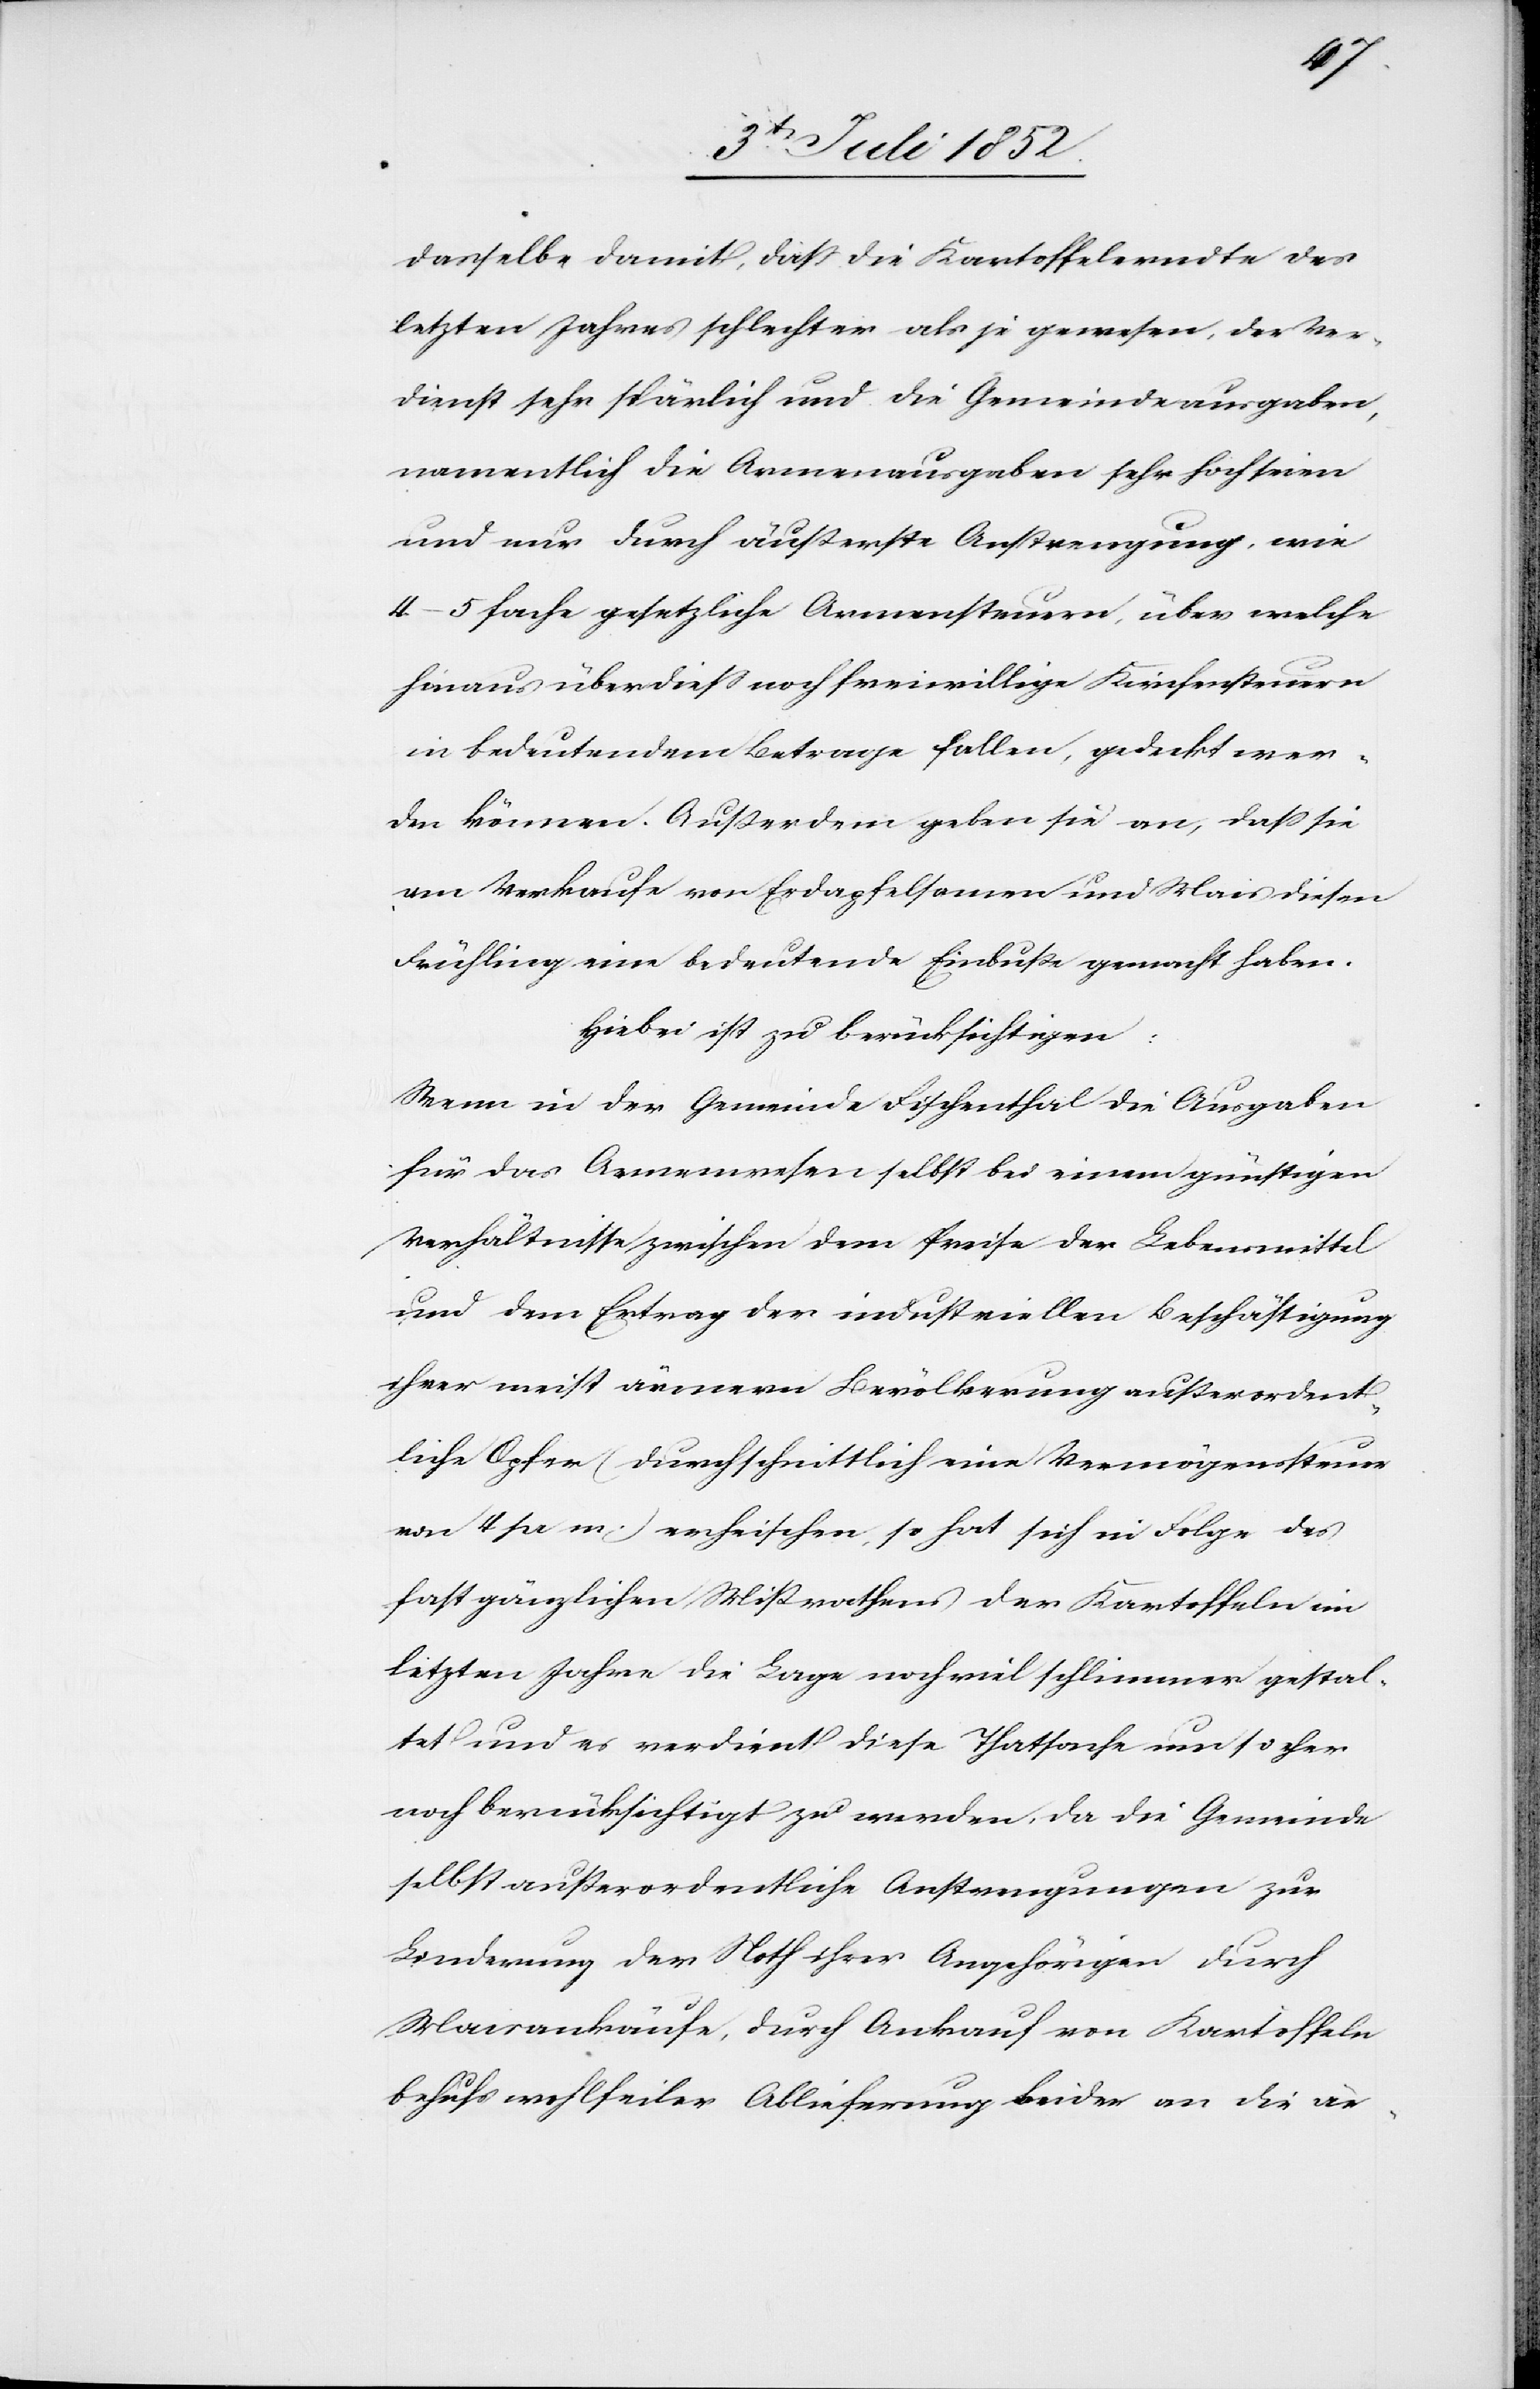
dasselbe damit, dass die Kartoffelerndte des
letzten Jahres schlechter als je gewesen, der Ver¬
dienst sehr spärlich und die Gemeindeausgaben,
namentlich die Armenausgaben sehr hoch seien
und nur durch äußerste Anstrengung, wie
4–5 fache gesetzliche Armensteuern, über welche
hinaus überdiess noch freiwillige Kirchensteuern
in bedeutendem Betrage fallen, gedeckt wer¬
den können. Außerdem geben sie an, dass sie
am Verkaufe von Erdapfelsamen und Mais diesen
Frühling eine bedeutende Einbuße gemacht haben.
Hiebei ist zu berücksichtigen:
Wenn in der Gemeinde Fischenthal die Ausgaben
für das Armenwesen selbst bei einem günstigen
Verhältnisse zwischen dem Preise der Lebensmittel
und dem Ertrag der industriellen Beschäftigung
ihrer meist ärmern Bevölkerung außerordent¬
liche Opfer (durchschnittlich eine Vermögenssteuer
von 4 pr m.) erheischen, so hat sich in Folge des
fast gänzlichen Mißrathens der Kartoffeln im
letzten Jahre die Lage noch viel schlimmer gestal¬
tet und es verdient diese Thatsache um so eher
noch berücksichtigt zu werden, da die Gemeinde
selbst außerordentliche Anstrengungen zur
Linderung der Noth ihrer Angehörigen durch
Maisankäufe, durch Ankauf von Kartoffeln
behufs wohlfeiler Ablieferung beider an die är-